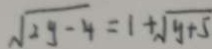
\sqrt { 2 y - 4 } = 1 + \sqrt { y + 5 }